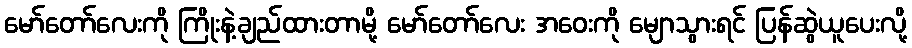
မော်တော်လေးကို ကြိုးနဲ့ချည်ထားတာမို့ မော်တော်လေး အဝေးကို မျောသွားရင် ပြန်ဆွဲယူပေးလို့